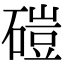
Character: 磑